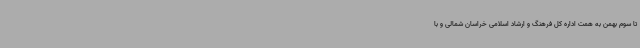
تا سوم بهمن به همت اداره کل فرهنگ و ارشاد اسلامی خراسان شمالی و با